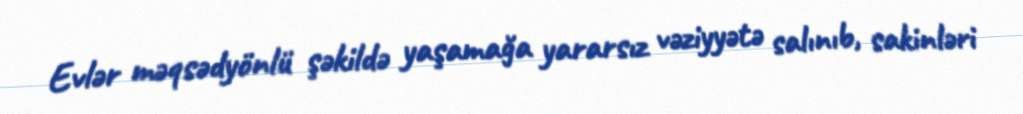
Evlər məqsədyönlü şəkildə yaşamağa yararsız vəziyyətə salınıb, sakinləri